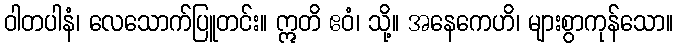
ဝါတပါနံ၊ လေသောက်ပြူတင်း။ ဣတိ ဧဝံ၊ သို့။ အနေကေဟိ၊ များစွာကုန်သော။